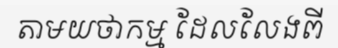
តាមយថាកម្ម ដែលលែងពី